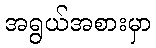
အရွယ်အစားမှာ